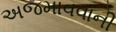
અજમાવવાની